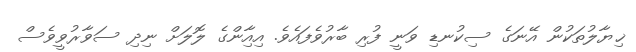
ޚިޔާލުތަކުން އޭނަގެ ސިކުނޑި ވަނީ ފުރި ބާރުވެފައެވެ. އިއާިިންގެ ލޮލަށް ނިދި ސަވާރުވީވެސް